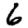
Digit: 6